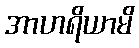
အာဟရိယာမိ